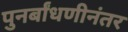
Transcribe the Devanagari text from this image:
पुनर्बांधणीनंतर